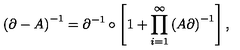
\left( \partial - A \right) ^ { - 1 } = \partial ^ { - 1 } \circ \left[ 1 + \prod _ { i = 1 } ^ { \infty } \left( A \partial \right) ^ { - 1 } \right] ,